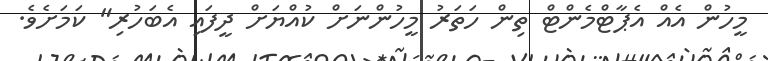
މީހުން އެއް އެޕާޓްމެންޓް ތިން ހަތަރު މީހުންނަށް ކުއްޔަށް ދީފައި އެބަހުރި" ކަމަށެވެ.